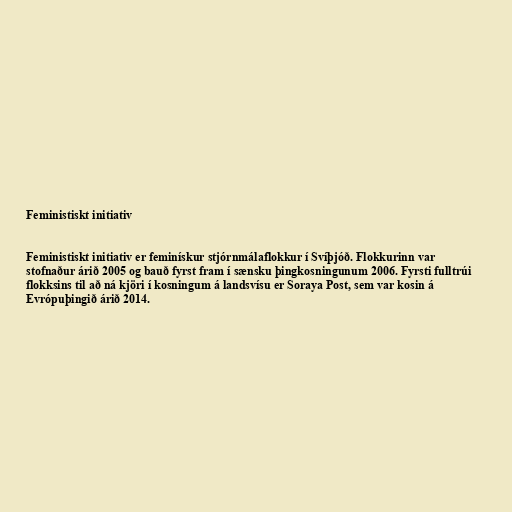
Feministiskt initiativ

Feministiskt initiativ er feminískur stjórnmálaflokkur í Svíþjóð. Flokkurinn var
stofnaður árið 2005 og bauð fyrst fram í sænsku þingkosningunum 2006. Fyrsti fulltrúi
flokksins til að ná kjöri í kosningum á landsvísu er Soraya Post, sem var kosin á
Evrópuþingið árið 2014.